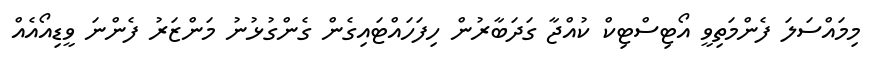
މިމައްސަލަ ފެންމަތިވީ އޯޓިސްޓިކް ކުއްޖާ ގަދަބާރުން ހިފަހައްޓައިގެން ގެންގުޅުނު މަންޒަރު ފެންނަ ވީޑިއޯއެއް